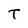
Character: T